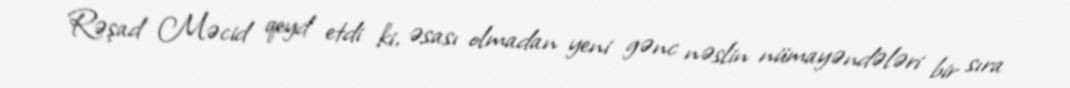
Rəşad Məcid qeyd etdi ki, əsası olmadan yeni gənc nəslin nümayəndələri bir sıra